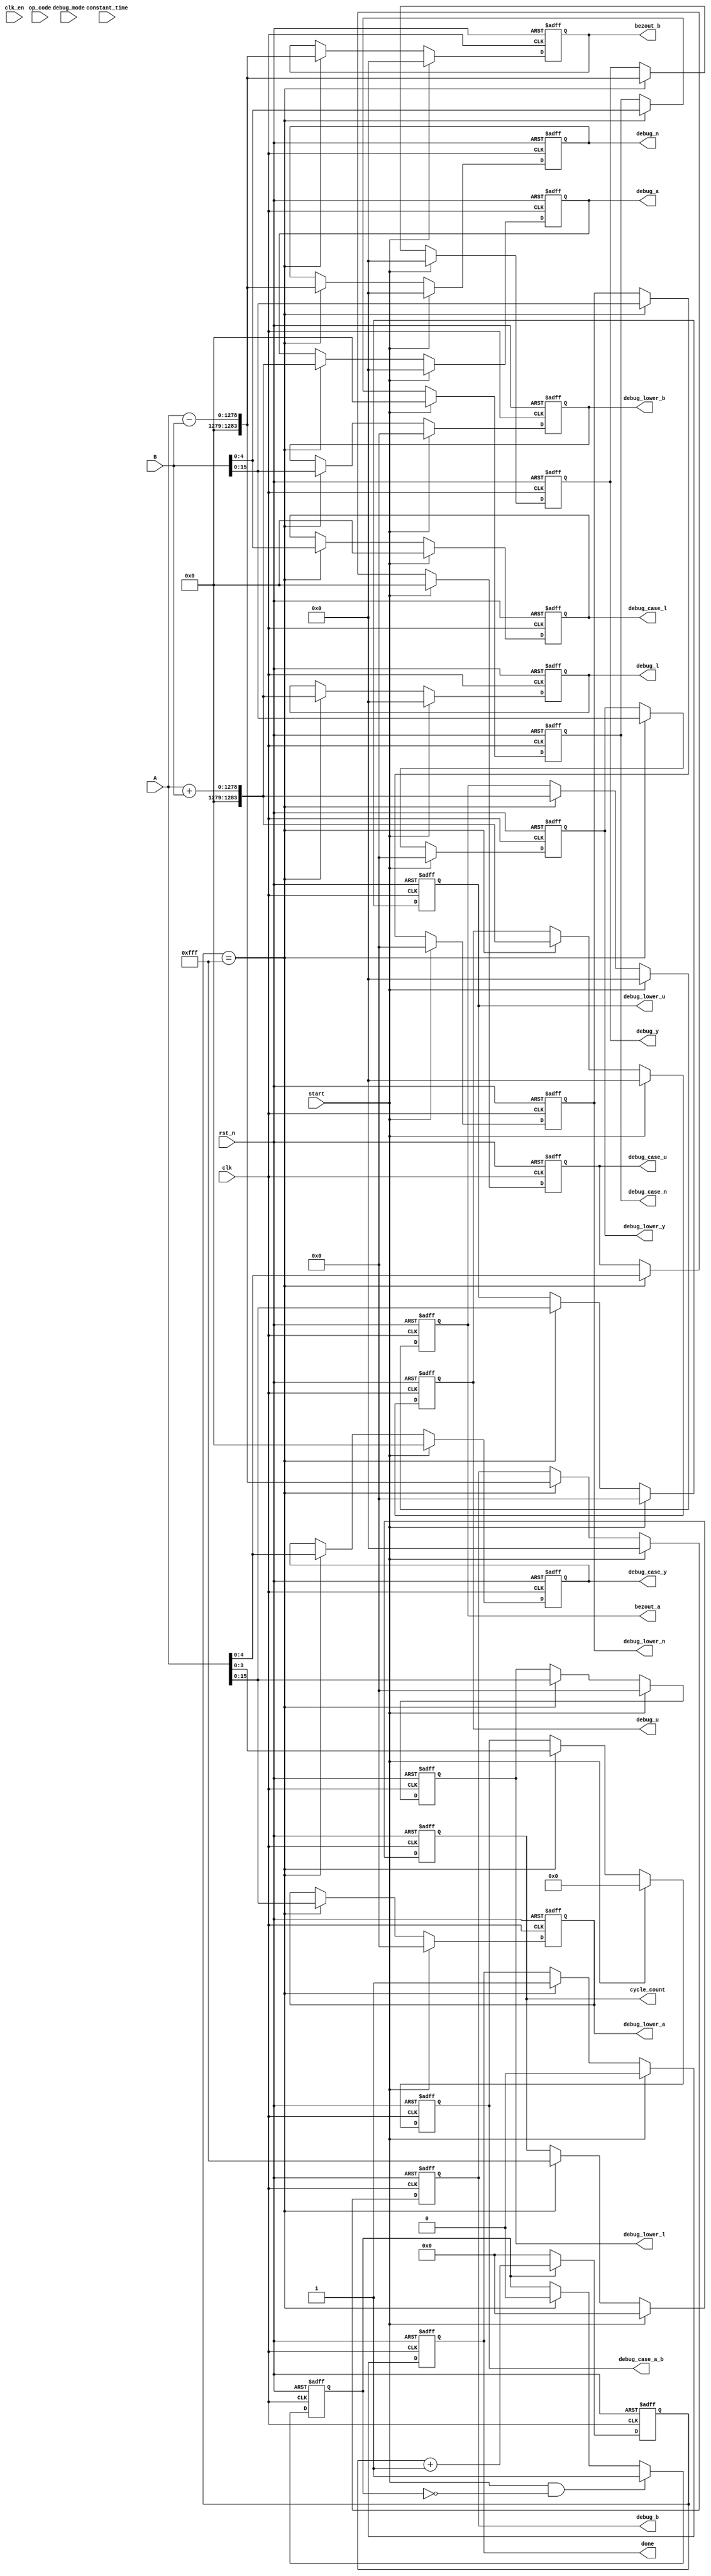
module GCDStub (
    // Clock and Reset

    input   wire            clk,
    input   wire            clk_en,
    input   wire            rst_n,

    input   wire            constant_time,
    input   wire            debug_mode,
    input   wire            start,
    input   wire [11:0]     op_code,
    input   wire [1278:0]   A,
    input   wire [1278:0]   B,

    output  wire            done,
    output  wire [11:0]     cycle_count,
    output  wire [1283:0]   bezout_a,
    output  wire [1283:0]   bezout_b,
    output  wire [1283:0]   debug_a,
    output  wire [1283:0]   debug_b,
    output  wire [1283:0]   debug_u,
    output  wire [1283:0]   debug_y,
    output  wire [1283:0]   debug_l,
    output  wire [1283:0]   debug_n,
    output  wire [15:0]     debug_lower_a,
    output  wire [15:0]     debug_lower_b,
    output  wire [15:0]     debug_lower_u,
    output  wire [15:0]     debug_lower_y,
    output  wire [15:0]     debug_lower_l,
    output  wire [15:0]     debug_lower_n,
    output  wire [3:0]      debug_case_a_b,
    output  wire [4:0]      debug_case_u,
    output  wire [4:0]      debug_case_y,
    output  wire [4:0]      debug_case_l,
    output  wire [4:0]      debug_case_n
);

    reg [11:0]      counter;
    reg             counter_en;

    reg             done_r;
    reg [11:0]      cycle_count_r;
    reg [1283:0]    bezout_a_r;
    reg [1283:0]    bezout_b_r;
    reg [1283:0]    debug_a_r;
    reg [1283:0]    debug_b_r;
    reg [1283:0]    debug_u_r;
    reg [1283:0]    debug_y_r;
    reg [1283:0]    debug_l_r;
    reg [1283:0]    debug_n_r;
    reg [15:0]      debug_lower_a_r;
    reg [15:0]      debug_lower_b_r;
    reg [15:0]      debug_lower_u_r;
    reg [15:0]      debug_lower_y_r;
    reg [15:0]      debug_lower_l_r;
    reg [15:0]      debug_lower_n_r;
    reg [3:0]       debug_case_a_b_r;
    reg [4:0]       debug_case_u_r;
    reg [4:0]       debug_case_y_r;
    reg [4:0]       debug_case_l_r;
    reg [4:0]       debug_case_n_r;

    always @(posedge clk or negedge rst_n)
        if (!rst_n)
            counter     <= 12'd0;
        else if (counter_en)
            counter     <= counter + 1'b1;
        else
            counter     <= 12'd0;

    always @(posedge clk or negedge rst_n)
        if (!rst_n)
            counter_en  <= 1'b0;
        else if (start & ~counter_en)
            counter_en  <= 1'b1;
        else if (counter == 12'hFFF)
            counter_en  <= 1'b0;


    always @(posedge clk or negedge rst_n)
        if (!rst_n) begin
            done_r              <= 0;
            cycle_count_r       <= 0;
            bezout_a_r          <= 0;
            bezout_b_r          <= 0;
            debug_a_r           <= 0;
            debug_b_r           <= 0;
            debug_u_r           <= 0;
            debug_y_r           <= 0;
            debug_l_r           <= 0;
            debug_n_r           <= 0;
            debug_lower_a_r     <= 0;
            debug_lower_b_r     <= 0;
            debug_lower_u_r     <= 0;
            debug_lower_y_r     <= 0;
            debug_lower_l_r     <= 0;
            debug_lower_n_r     <= 0;
            debug_case_a_b_r    <= 0;
            debug_case_u_r      <= 0;
            debug_case_y_r      <= 0;
            debug_case_l_r      <= 0;
            debug_case_n_r      <= 0;
        end
        else if (start) begin
            done_r              <= 0;
            cycle_count_r       <= 0;
            bezout_a_r          <= 0;
            bezout_b_r          <= 0;
            debug_a_r           <= 0;
            debug_b_r           <= 0;
            debug_u_r           <= 0;
            debug_y_r           <= 0;
            debug_l_r           <= 0;
            debug_n_r           <= 0;
            debug_lower_a_r     <= 0;
            debug_lower_b_r     <= 0;
            debug_lower_u_r     <= 0;
            debug_lower_y_r     <= 0;
            debug_lower_l_r     <= 0;
            debug_lower_n_r     <= 0;
            debug_case_a_b_r    <= 0;
            debug_case_u_r      <= 0;
            debug_case_y_r      <= 0;
            debug_case_l_r      <= 0;
            debug_case_n_r      <= 0;
        end
        else if (counter == 12'hFFF) begin
            done_r              <= 1'b1;
            cycle_count_r       <= 12'hFFF;
            bezout_a_r          <= {5'd0, (A+B)};
            bezout_b_r          <= {5'd0, (A-B)};
            debug_a_r           <= {5'd0, (A+B)};
            debug_b_r           <= {5'd0, (A-B)};
            debug_u_r           <= {5'd0, (A+B)};
            debug_y_r           <= {5'd0, (A-B)};
            debug_l_r           <= {5'd0, (A+B)};
            debug_n_r           <= {5'd0, (A-B)};
            debug_lower_a_r     <= A[15:0];
            debug_lower_b_r     <= B[15:0];
            debug_lower_u_r     <= A[15:0];
            debug_lower_y_r     <= B[15:0];
            debug_lower_l_r     <= A[15:0];
            debug_lower_n_r     <= B[15:0];
            debug_case_a_b_r    <= A[3:0];
            debug_case_u_r      <= A[4:0];
            debug_case_y_r      <= A[4:0];
            debug_case_l_r      <= B[4:0];
            debug_case_n_r      <= B[4:0];
        end


        assign done             = done_r;
        assign cycle_count      = cycle_count_r;
        assign bezout_a         = bezout_a_r;
        assign bezout_b         = bezout_b_r;
        assign debug_a          = debug_a_r;
        assign debug_b          = debug_b_r;
        assign debug_u          = debug_u_r;
        assign debug_y          = debug_y_r;
        assign debug_l          = debug_l_r;
        assign debug_n          = debug_n_r;
        assign debug_lower_a    = debug_lower_a_r;
        assign debug_lower_b    = debug_lower_b_r;
        assign debug_lower_u    = debug_lower_u_r;
        assign debug_lower_y    = debug_lower_y_r;
        assign debug_lower_l    = debug_lower_l_r;
        assign debug_lower_n    = debug_lower_n_r;
        assign debug_case_a_b   = debug_case_a_b_r;
        assign debug_case_u     = debug_case_u_r;
        assign debug_case_y     = debug_case_y_r;
        assign debug_case_l     = debug_case_l_r;
        assign debug_case_n     = debug_case_n_r;
endmodule